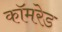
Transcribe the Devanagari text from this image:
काॅमरेड